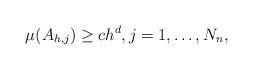
LaTeX: \begin{align*} \mu(A_{h,j}) \geq c h^d, j = 1,\ldots,N_n,\end{align*}